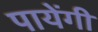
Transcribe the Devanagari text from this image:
पायेंगी